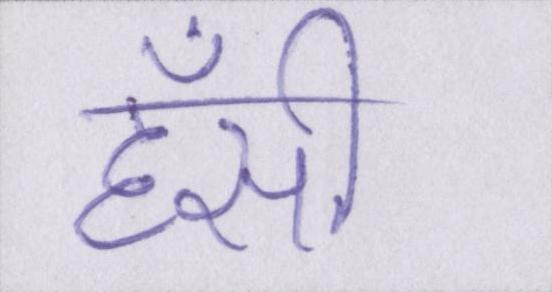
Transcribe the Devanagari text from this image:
हँसी